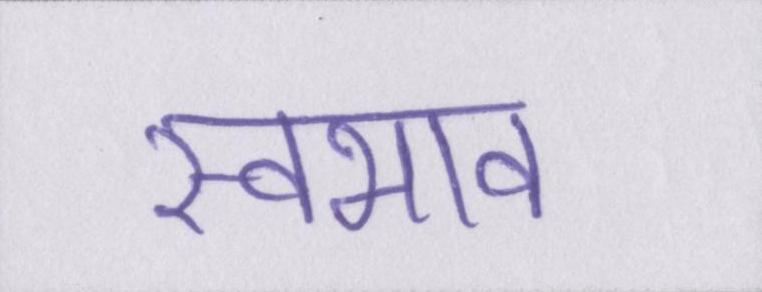
स्वभाव